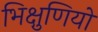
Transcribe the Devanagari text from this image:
भिक्षुणियो